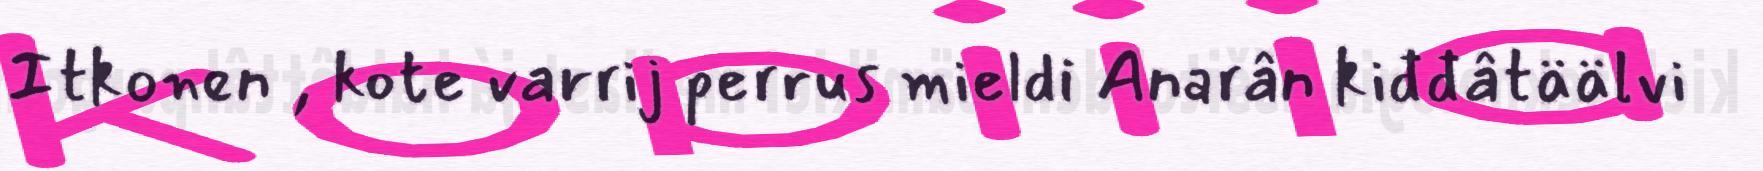
Itkonen , kote varrij perrus mieldi Anarân kiđđâtäälvi